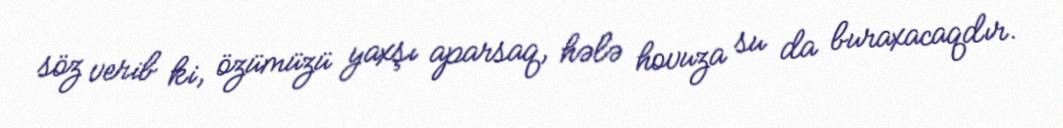
söz verib ki, özümüzü yaxşı aparsaq, hələ hovuza su da buraxacaqdır.